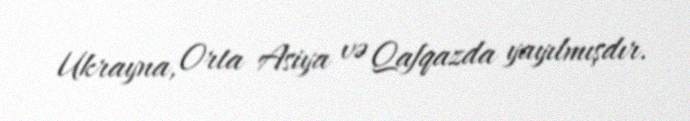
Ukrayna, Orta Asiya və Qafqazda yayılmışdır.